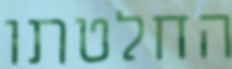
החלטתו